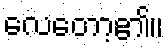
လေတော့၏။